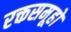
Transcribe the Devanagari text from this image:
रक्तसमूहों